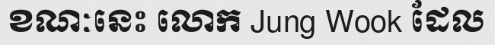
ខណៈនេះ លោក Jung Wook ដែល